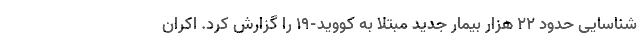
شناسایی حدود ۲۲ هزار بیمار جدید مبتلا به کووید-۱۹ را گزارش کرد. اکران